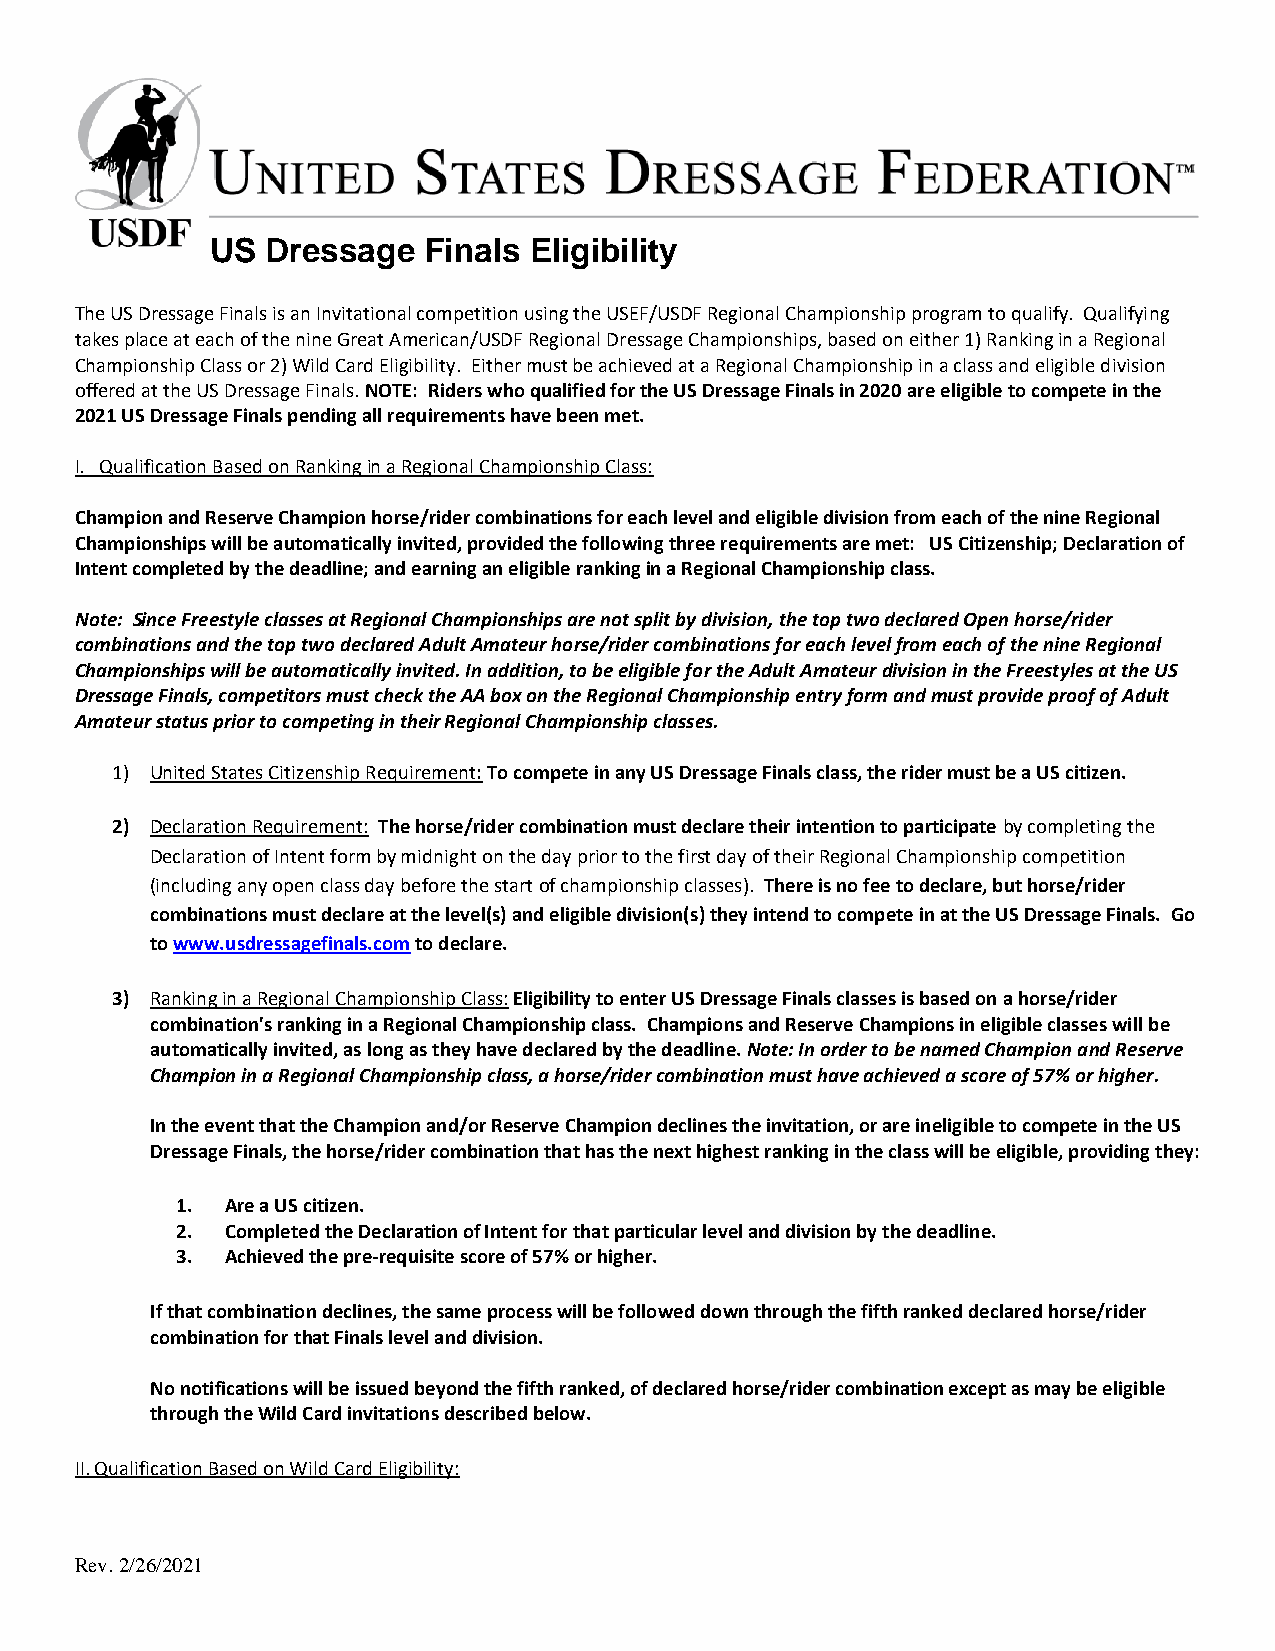
US  Dressage  Finals Eligibility
 The US Dressage Finals is an Invitational competition using the USEF/USDF Regional Championship program to qualify. Qualifying
 takes place at each of the nine Great American/USDF Regional Dressage Championships, based on either 1) Ranking in a Regional
 Championship Class or 2) Wild Card Eligibility. Either must be achieved at a Regional Championship in a class and eligible division
 offered at the US Dressage Finals. NOTE: Riders who qualified for the US Dressage Finals in 2020 are eligible to compete in the
 2021 US Dressage Finals pending all requirements have been met.
 I. Qualification Based on Ranking in a Regional Championship Class:
 Champion and Reserve Champion horse/rider combinations for each level and eligible division from each of the nine Regional
 Championships will be automatically invited, provided the following three requirements are met: US Citizenship; Declaration of
 Intent completed by the deadline; and earning an eligible ranking in a Regional Championship class.
 Note: Since Freestyle classes at Regional Championships are not split by division, the top two declared Open horse/rider
 combinations and the top two declared Adult Amateur horse/rider combinations for each level from each of the nine Regional
 Championships will be automatically invited. In addition, to be eligible for the Adult Amateur division in the Freestyles at the US
 Dressage Finals, competitors must check the AA box on the Regional Championship entry form and must provide proof of Adult
 Amateur status prior to competing in their Regional Championship classes.
 1) United States Citizenship Requirement: To compete in any US Dressage Finals class, the rider must be a US citizen.
 2) Declaration Requirement: The horse/rider combination must declare their intention to participate by completing the
 Declaration of Intent form by midnight on the day prior to the first day of their Regional Championship competition
 (including any open class day before the start of championship classes). There is no fee to declare, but horse/rider
 combinations must declare at the level(s) and eligible division(s) they intend to compete in at the US Dressage Finals. Go
 to www.usdressagefinals.com to declare.
 3) Ranking in a Regional Championship Class: Eligibility to enter US Dressage Finals classes is based on a horse/rider
 combination's ranking in a Regional Championship class. Champions and Reserve Champions in eligible classes will be
 automatically invited, as long as they have declared by the deadline. Note: In order to be named Champion and Reserve
 Champion in a Regional Championship class, a horse/rider combination must have achieved a score of 57% or higher.
 In the event that the Champion and/or Reserve Champion declines the invitation, or are ineligible to compete in the US
 Dressage Finals, the horse/rider combination that has the next highest ranking in the class will be eligible, providing they:
 1. Are a US citizen.
 2. Completed the Declaration of Intent for that particular level and division by the deadline.
 3. Achieved the pre-requisite score of 57% or higher.
 If that combination declines, the same process will be followed down through the fifth ranked declared horse/rider
 combination for that Finals level and division.
 No notifications will be issued beyond the fifth ranked, of declared horse/rider combination except as may be eligible
 through the Wild Card invitations described below.
 II. Qualification Based on Wild Card Eligibility:
 Rev. 2/26/2021